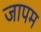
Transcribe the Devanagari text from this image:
जापम